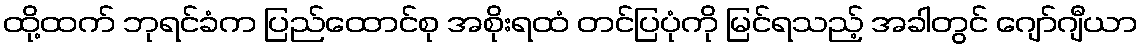
ထို့ထက် ဘုရင်ခံက ပြည်ထောင်စု အစိုးရထံ တင်ပြပုံကို မြင်ရသည့် အခါတွင် ဂျော်ဂျီယာ